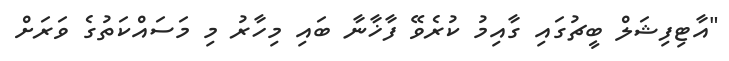
"އާޓިފިޝަލް ބީޗުގައި ގާއިމު ކުރެވޭ ފާޚާނާ ބައި މިހާރު މި މަސައްކަތުގެ ވަރަށް